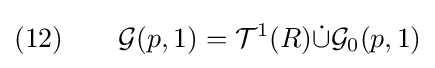
(12)\qquad {\mathcal {G}}(p,1)={\mathcal {T}}^{1}(R){\dot {\cup }}{\mathcal {G}}_{0}(p,1)